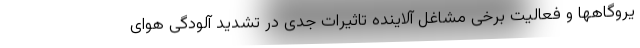
یروگاهها و فعالیت برخی مشاغل آلاینده تاثیرات جدی در تشدید آلودگی هوای